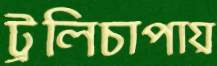
ট্রলিচাপায়